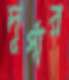
দূর্গার